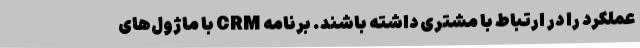
عملکرد را در ارتباط با مشتری داشته باشند. برنامه CRM با ماژول‌های